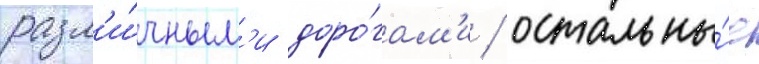
разл'и́чным'и доро́гам'и / остальны́е